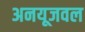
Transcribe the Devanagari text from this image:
अनयूजवल